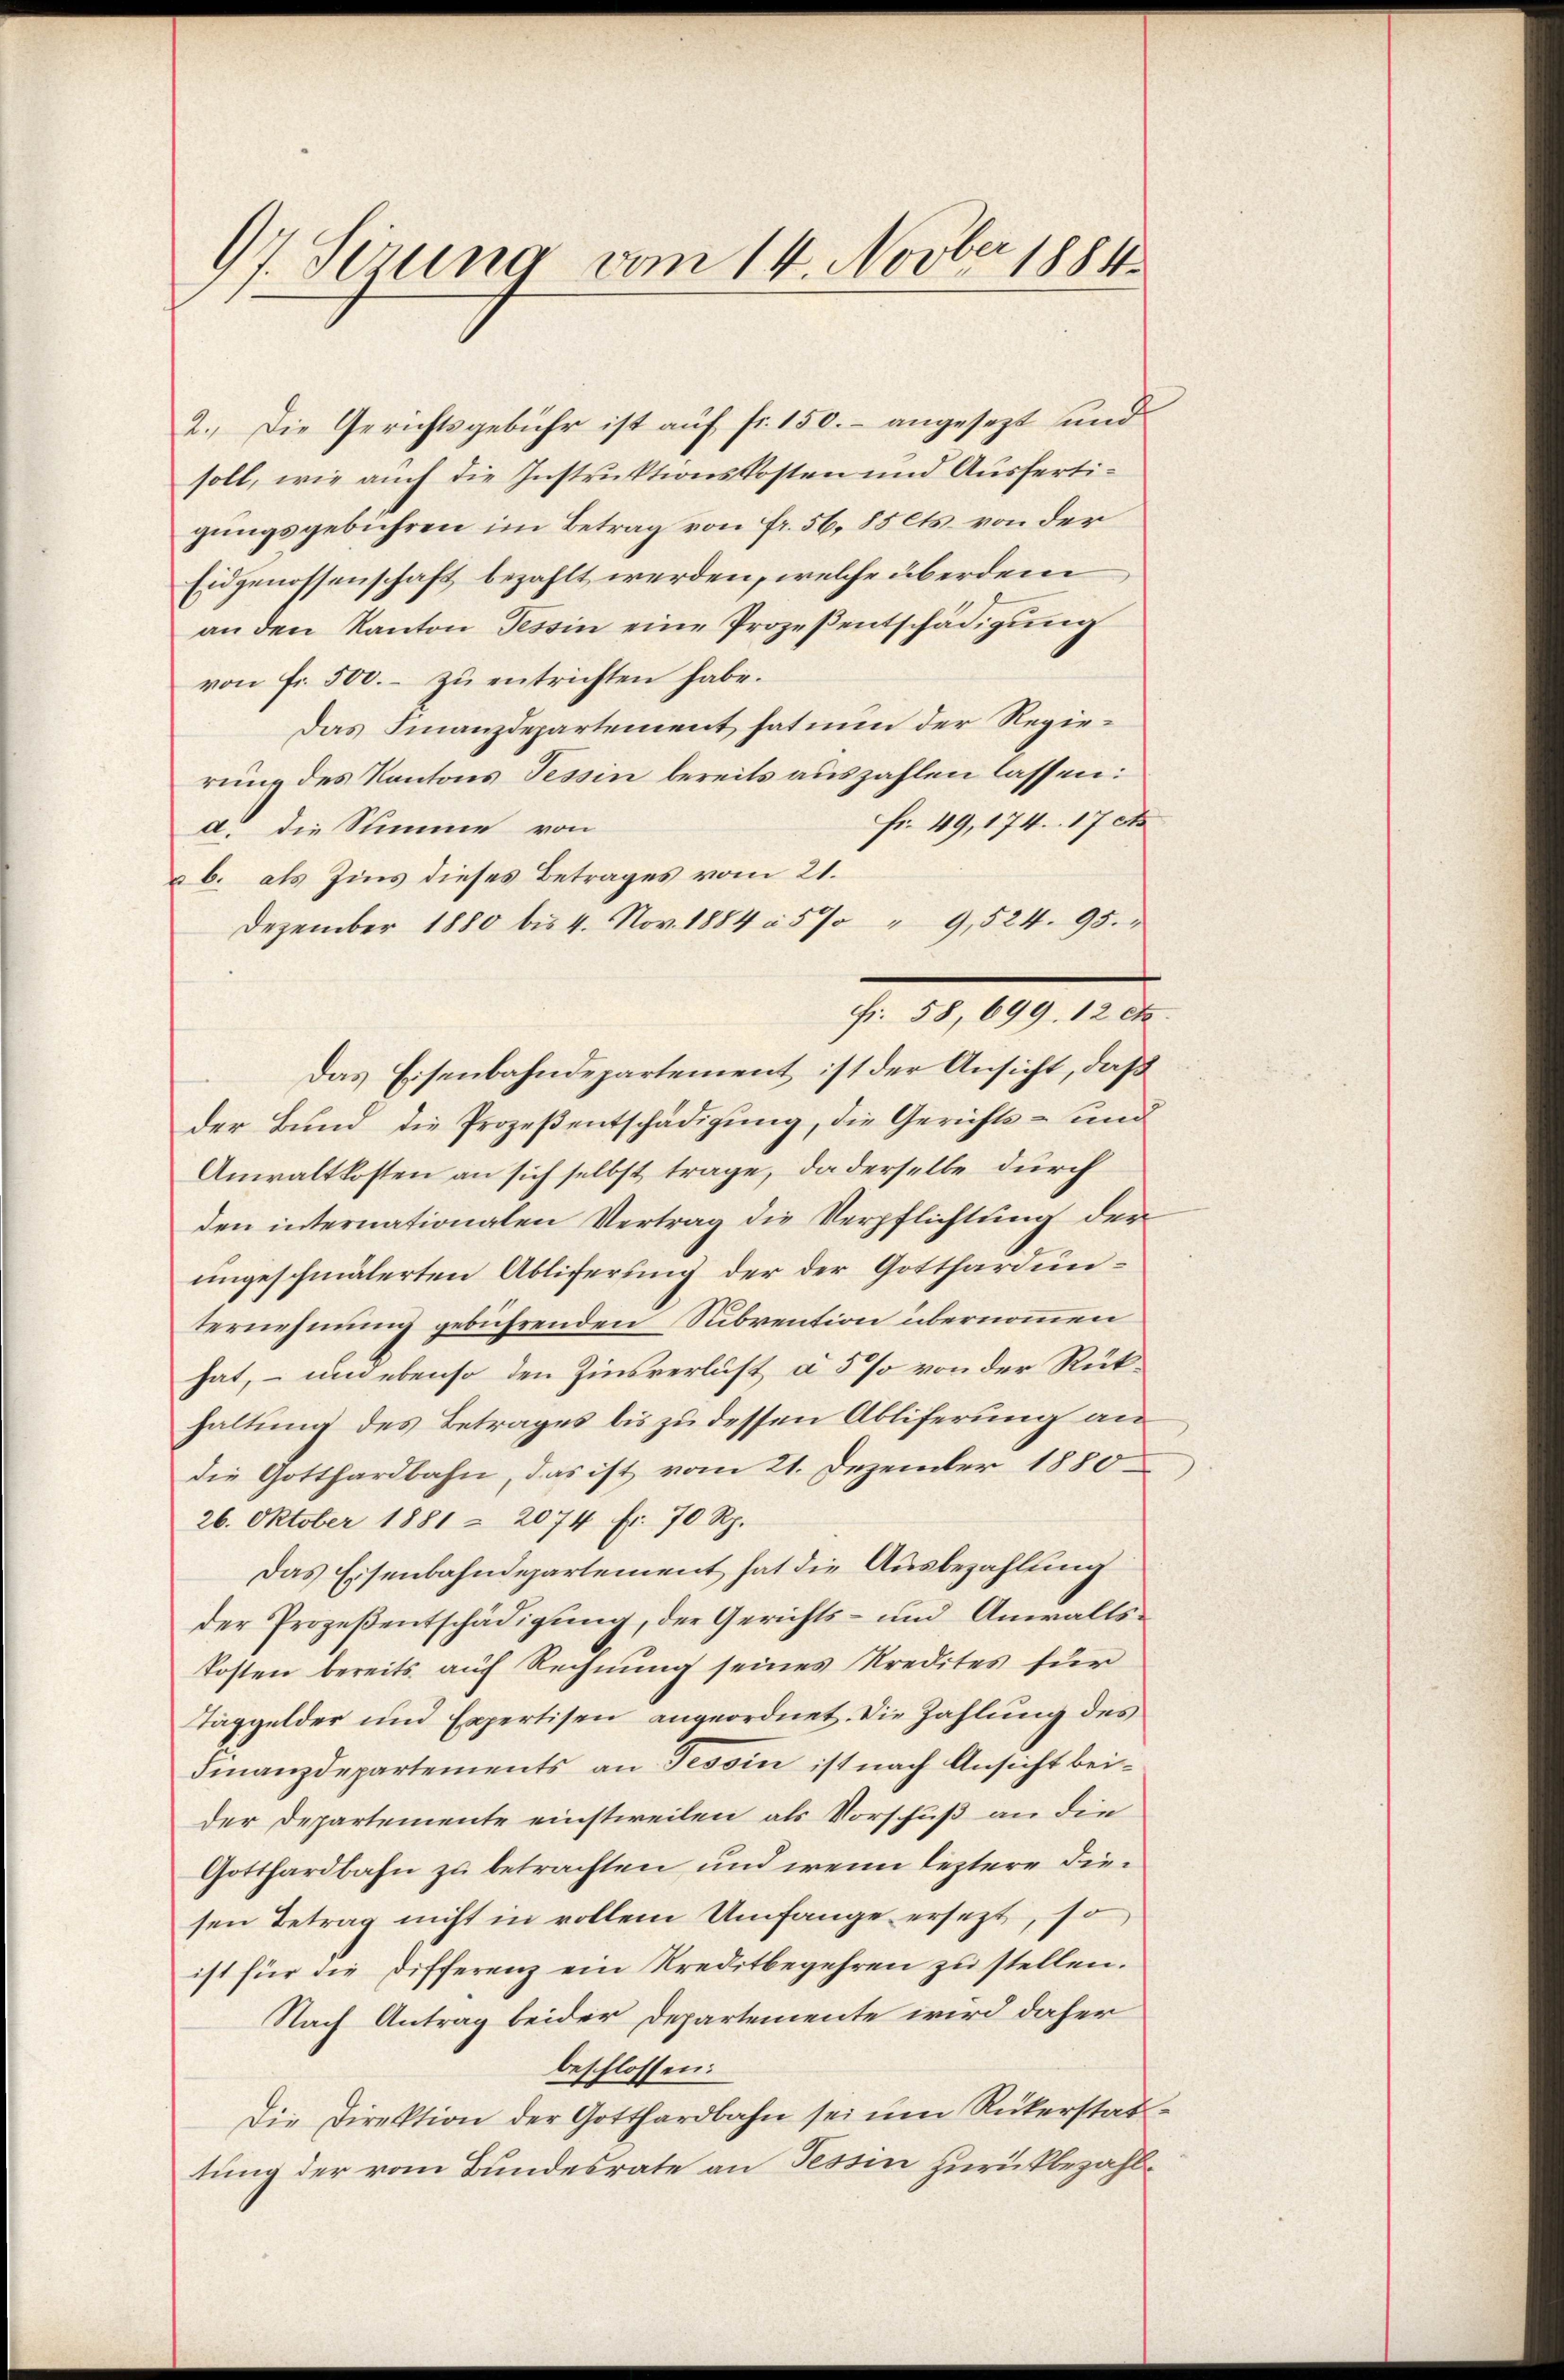
97. Sezung vom 14. Novber 1881

2.) Die Gerichtsgebühr ist auf fr. 150.- angesetzt und
soll, wie auch die Instruktionskosten und Ausfertigungsgebühren im Betrag von Fr. 56, 85 Cts. von der
Eidgenossenschaft bezahlt werden, welche überdem
an den Kanton Tessin eine Prozeßentschädigung
von fr. 500.- zŭ entrichten habe.
Das Finanzdepartement hat nun der Regierung des Kantons Tessin bereits auszahlen lassen:
Fr. 49, 174. 17t
d die Summe von
à b. als Zins dieses Betrages vom 21.
Dezember 1880 bis 4. Nov. 1884 à 5 % " 9,524. 95.
Das Eisenbahndepartement ist der Ansicht, daß
der Bund die Prozeßentschädigung, die Gerichts- und
Anwaltkosten an sich selbst trage, da derselbe durch
den internationalen Vertrag die Verpflichtung der
ungeschmälerten Abliferung der der Gotthardunternehmung gebührenden Subvention übernommen
hat, – und ebenso den Zinsverlust a 5 % von der Rüthaltung des Betrages bis zu dessen Abliferung an
die Gotthardbahn, das ist vom 21. Dezember 1880
26. Oktober 1881 & 2074 fr. 70 Rp.
Das Eisenbahndepartement hat die Ausbezahlung
der Prozeßentschädigung, der Gerichts- und Anwaltskosten bereits auf Rechnung seines Kredites für
Taggelder und Expertisen angeordnet. Die Zahlung des
Finanzdepartements an Tessin ist nach Ansicht beider Departemente einstweilen als Vorschuß an die
Gotthardbahn zu betrachten, und wenn leztere diesen Betrag nicht in vollem Umfange ersezt, so
ist für die Differenz ein Kreditbegehren zu stellen.
Nach Antrag beider Departemente wird daher
beschlossen:
Die Direktion der Gotthardbahn sei um Rükerstattung der vom Bundesrate an Tessin zurückbezahl¬

fr. 58, 699. 12 Cts.

.